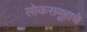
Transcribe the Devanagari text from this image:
लोकसमूहाचे